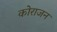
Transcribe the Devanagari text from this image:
कोराजन